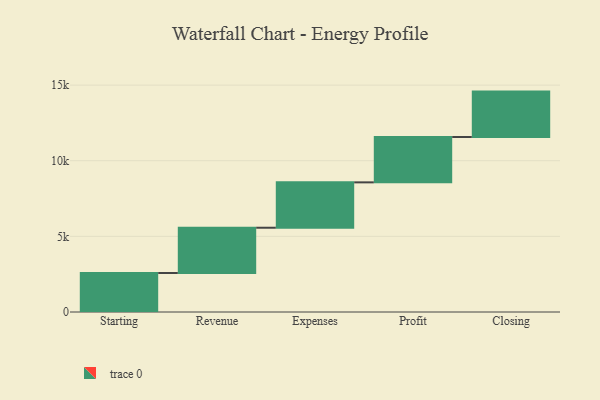
{"axis": {"x": "Step", "y": "Value"}, "legend": [""], "data": [{"x": "Starting", "y": 2579.0, "type": ""}, {"x": "Revenue", "y": 2992.0, "type": ""}, {"x": "Expenses", "y": 3000, "type": ""}, {"x": "Profit", "y": 3000, "type": ""}, {"x": "Closing", "y": 3000, "type": ""}]}